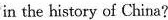
in the history of China?